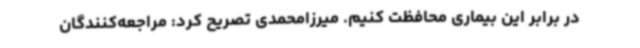
در برابر این بیماری محافظت کنیم. میرزامحمدی تصریح کرد: مراجعه‌کنندگان